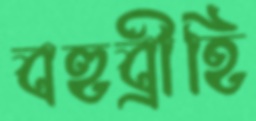
বহুব্রীহি